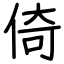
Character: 倚